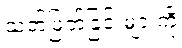
သတ်ဖြတ်ခြင်းများကို